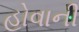
હોવાની